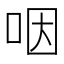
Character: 咽